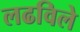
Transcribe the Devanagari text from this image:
लढविले